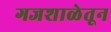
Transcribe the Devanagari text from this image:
गजशाळेतून